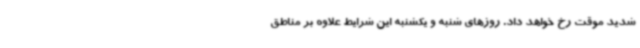
شدید موقت رخ خواهد داد. روزهای شنبه و یکشنبه این شرایط علاوه بر مناطق